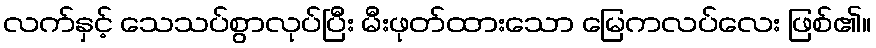
လက်နှင့် သေသပ်စွာလုပ်ပြီး မီးဖုတ်ထားသော မြေကလပ်လေး ဖြစ်၏။